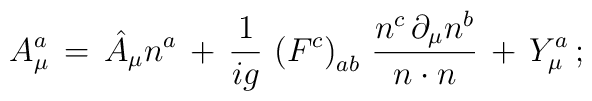
A^a_\mu \, = \, \hat{A}_\mu n^a \, + \,                 \frac{1}{ig} \, \left( F^c \right)_{ab} \,                              \frac{n^c \, \partial_\mu n^b}{n \cdot n} \, + \,                 Y^a_\mu \, ;